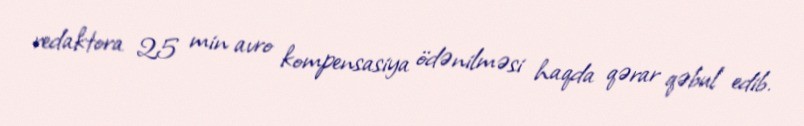
redaktora 25 min avro kompensasiya ödənilməsi haqda qərar qəbul edib.